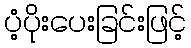
ပံ့ပိုးပေးခြင်းဖြင့်